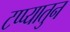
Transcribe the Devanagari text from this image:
टप्प्यातुन